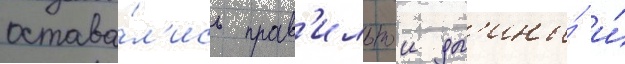
остава́л'ись прав'ильнои дл'ины́ и́